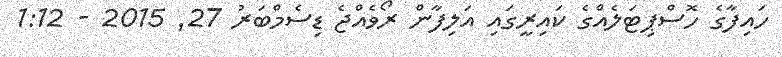
ހައިފާގެ ހޮސްޕިޓަލެއްގެ ކައިރީގައި އަލިފާން ރޯވެއްޖެ ޑިސެމްބަރު 27